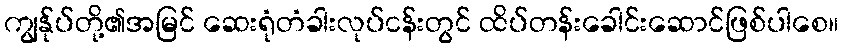
ကျွန်ုပ်တို့၏အမြင် ဆေးရုံတံခါးလုပ်ငန်းတွင် ထိပ်တန်းခေါင်းဆောင်ဖြစ်ပါစေ။